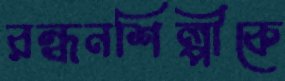
রন্ধনশিল্পীকে